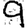
Digit: 9